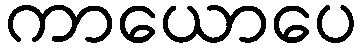
ကာယောပေ